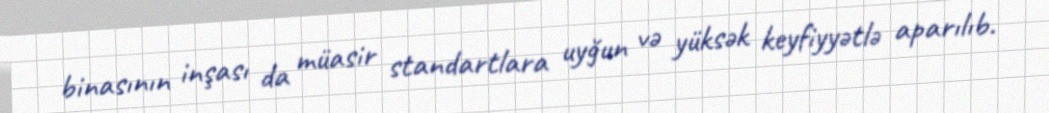
binasının inşası da müasir standartlara uyğun və yüksək keyfiyyətlə aparılıb.